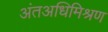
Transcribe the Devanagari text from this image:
अंतअधिमिश्रण